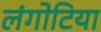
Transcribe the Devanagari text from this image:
लंगोटिया